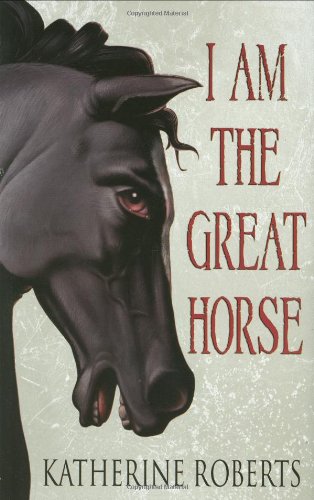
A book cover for I Am The Great Horse; Katherine Roberts; Teen & Young Adult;